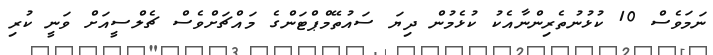
ނަމަވެސް 10 ކުޅުނުތެރިންނާއެކު ކުޅެމުން ދިޔަ ސައުތޭމްޕްޓަންގެ މައްޗަށްވެސް ޗެލްސީއަށް ވަނީ ކުރި